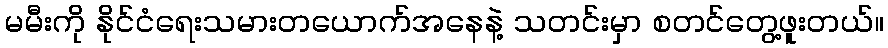
မမီးကို နိုင်ငံရေးသမားတယောက်အနေနဲ့ သတင်းမှာ စတင်တွေ့ဖူးတယ်။